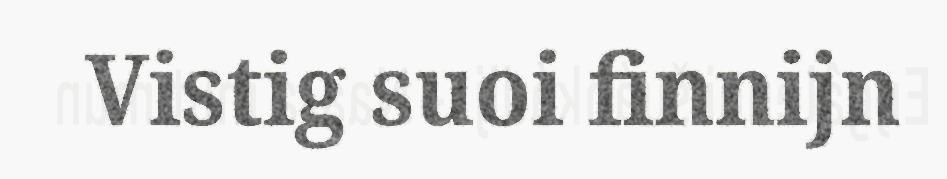
Vistig suoi finnijn